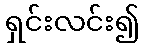
ရှင်းလင်း၍